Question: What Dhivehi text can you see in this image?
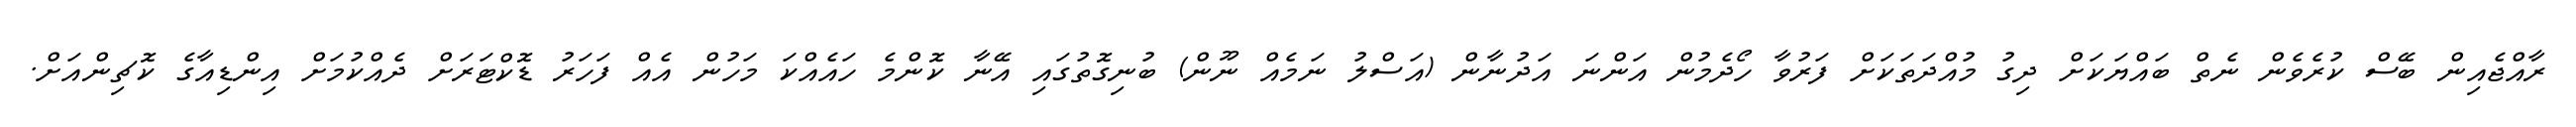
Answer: ރާއްޖެއިން ބޭސް ކުރެވެން ނެތް ބައްޔަކަށް ދިގު މުއްދަތަކަށް ފަރުވާ ހޯދެމުން އަންނަ އަދުނާން (އަސްލު ނަމެއް ނޫން) ބުނިގޮތުގައި އޭނާ ކޮންމެ ހައެއްކަ މަހުން އެއް ފަހަރު ޑޮކްޓަރަށް ދެއްކުމަށް އިންޑިއާގެ ކޮޗިންއަށް.